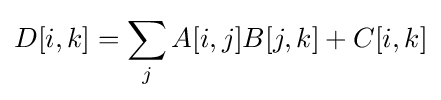
D[i,k]=\sum _{j}A[i,j]B[j,k]+C[i,k]